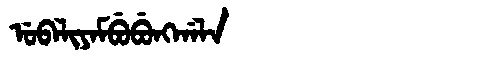
Manchu: ᡠᠪᠠᠯᡳᠶᠠᠮᠪᡠᠪᡠᠩᡤᠠᠯᠠ
Romanization: UBALIYAMBUBUNGGALA